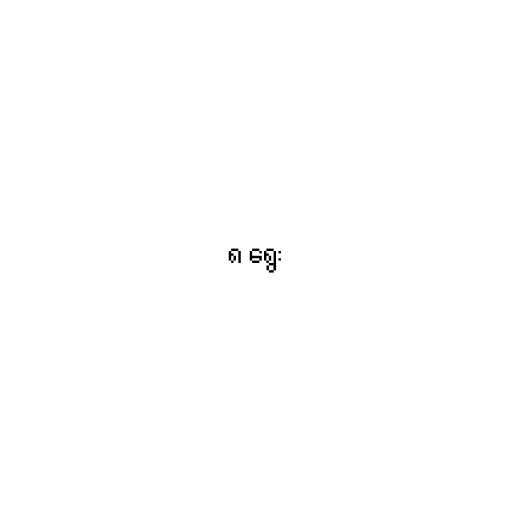
၈ ရွေး